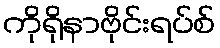
ကိုရိုနာဗိုင်းရပ်စ်